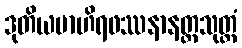
ဒုတိယဗာဟိရဖဿနာနတ္တသုတ္တံ